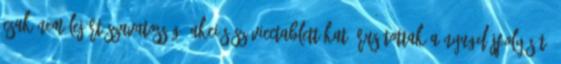
csak nem lejárt szavatosságú akciós szóvicctablettákat árusítottak a nyugdíjfolyósító